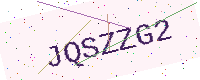
Text: JQSZZG2